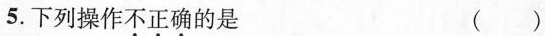
5.下列操作不正确的是 ( )